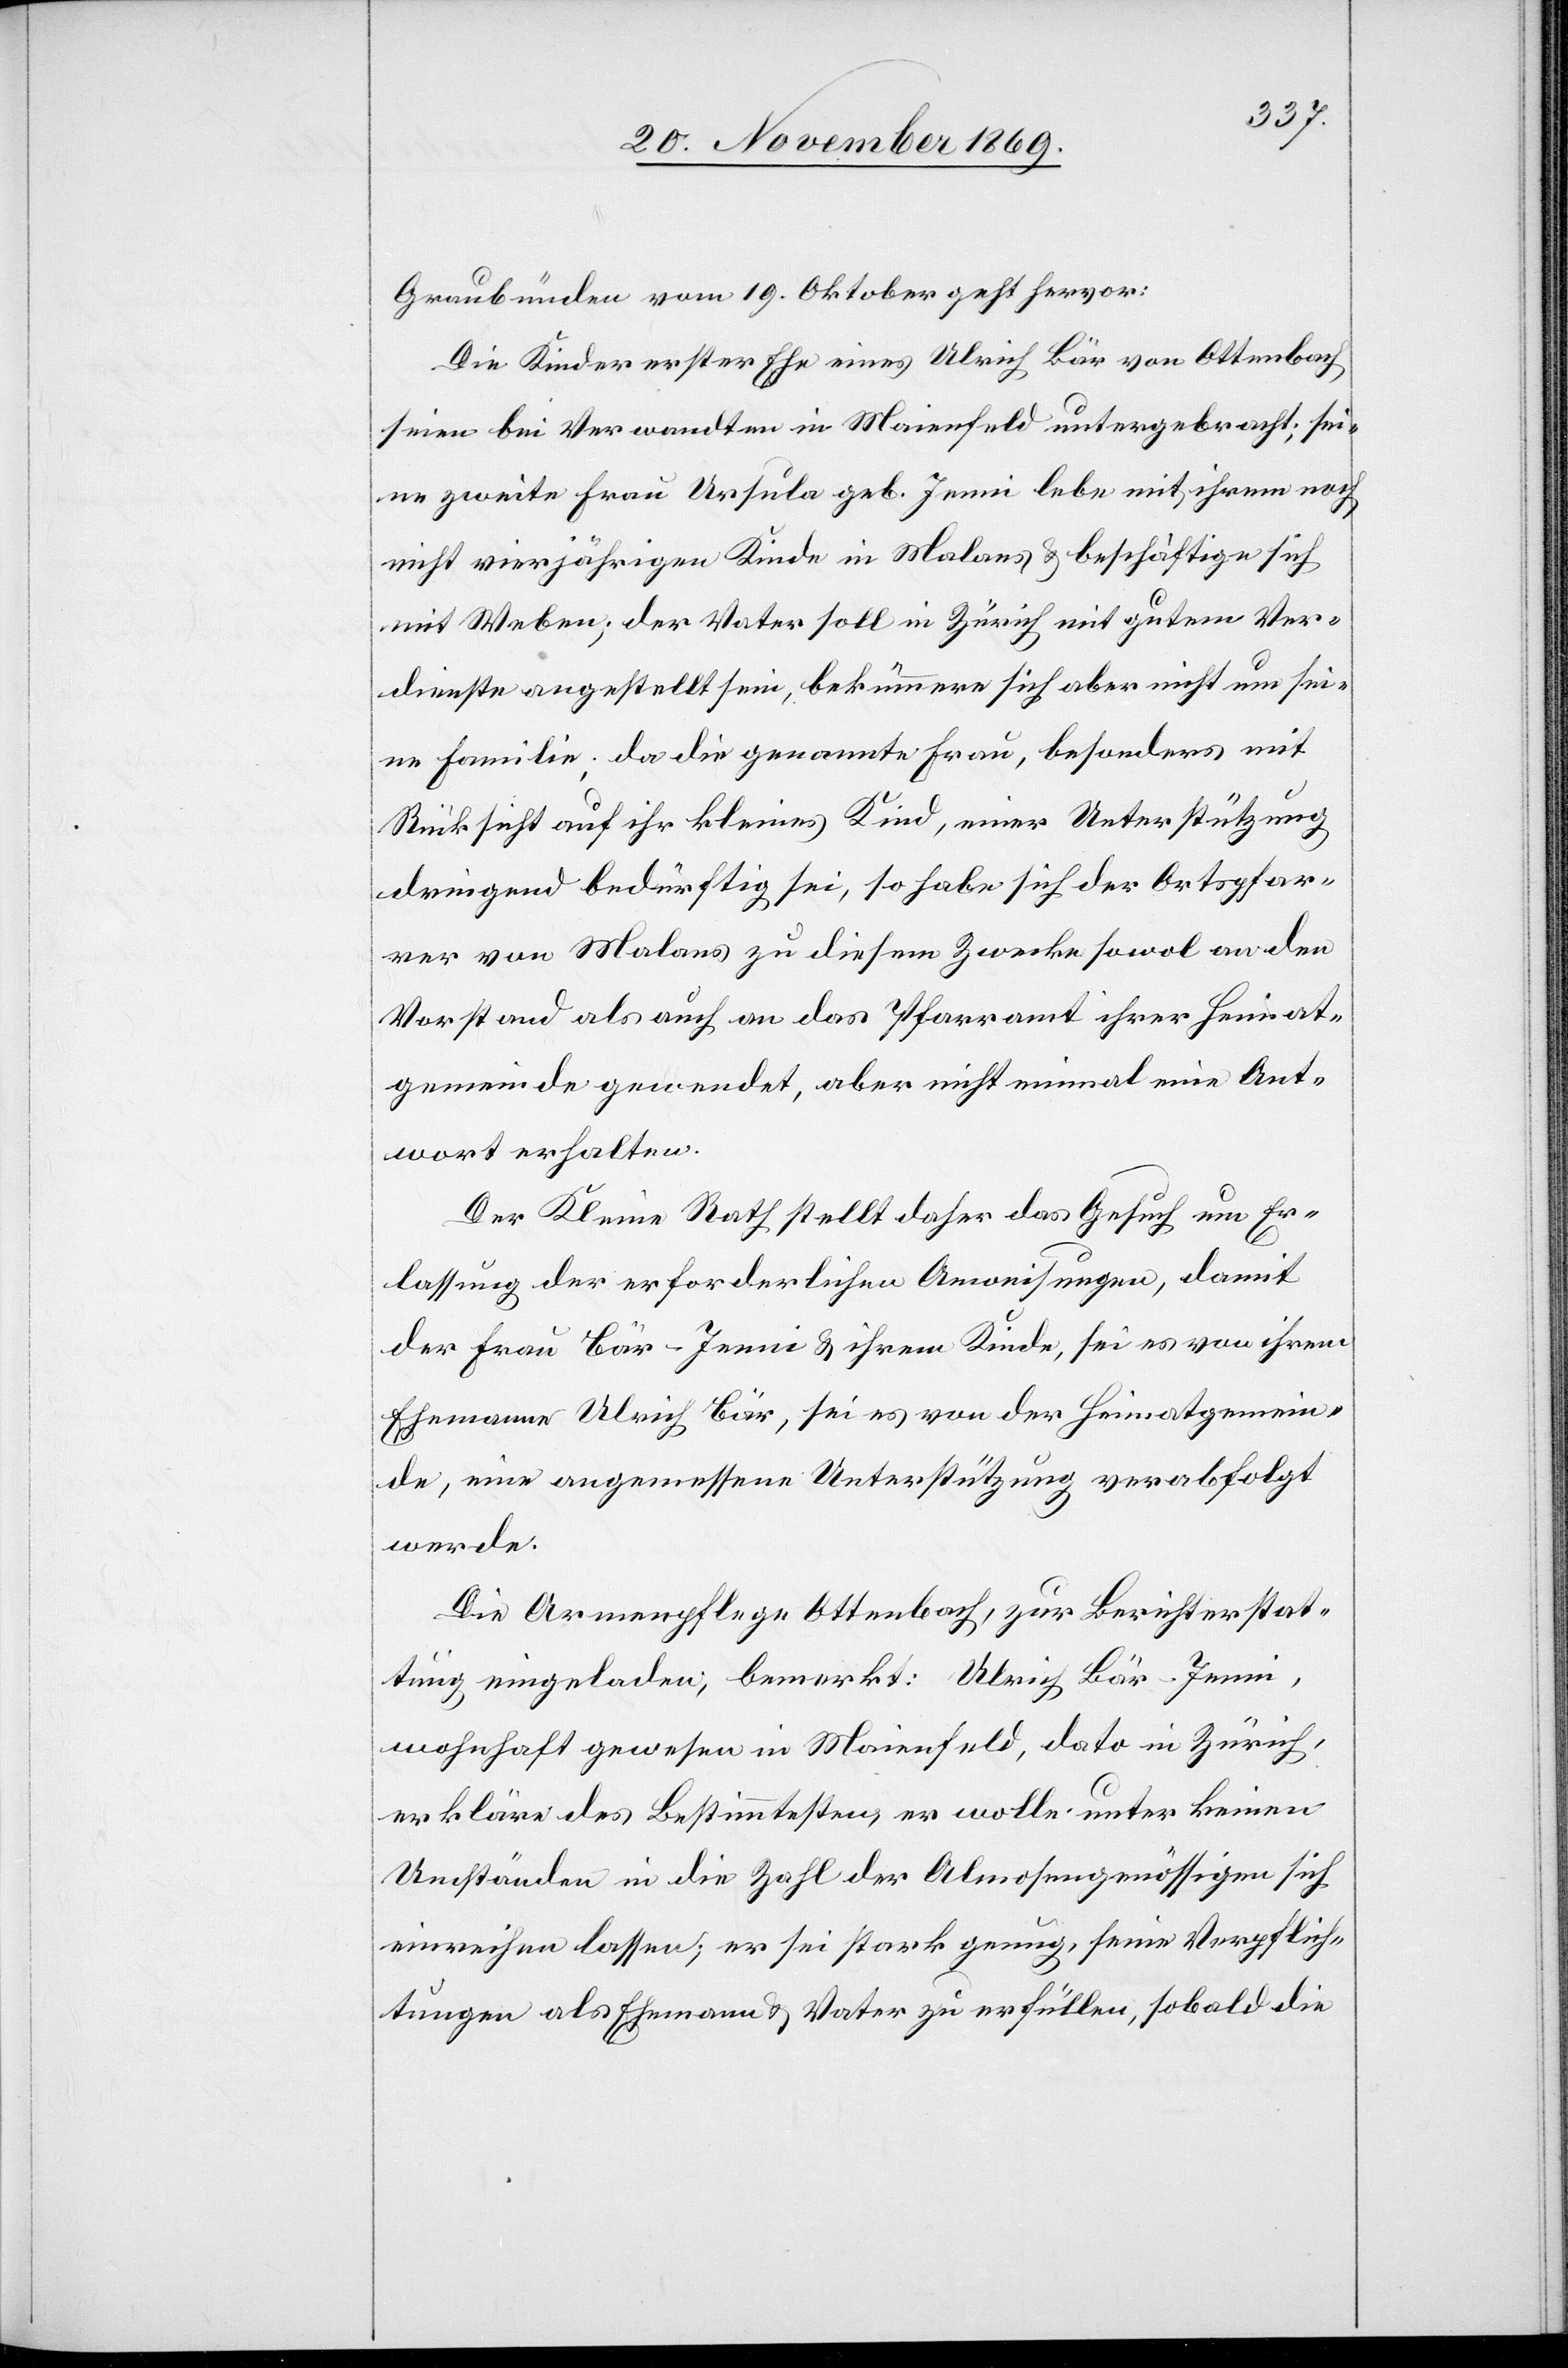
Graubünden vom 19. Oktober geht hervor:
Die Kinder erster Ehe eines Ulrich Bär von Ottenbach
seien bei Verwandten in Maienfeld untergebracht; sei¬
ne zweite Frau Ursula geb. Jenni lebe mit ihrem noch
nicht vierjährigen Kinde in Malans & beschäftige sich
mit Weben; der Vater soll in Zürich mit gutem Ver¬
dienste angestellt sein, bekümmere sich aber nicht um sei¬
ne Familie; da die genannte Frau, besonders mit
Rücksicht auf ihr kleines Kind, einer Unterstützung
dringend bedürftig sei, so habe sich der Ortspfar¬
rer von Malans zu diesem Zwecke sowol an den
Vorstand als auch an das Pfarramt ihrer Heimat¬
gemeinde gewendet, aber nicht einmal eine Ant¬
wort erhalten.
Der Kleine Rath stellt daher das Gesuch um Er¬
lassung der erforderlichen Anweisungen, damit
der Frau Bär-Jenni & ihrem Kinde, sei es von ihrem
Ehemanne Ulrich Bär, sei es von der Heimatgemein¬
de, eine angemessene Unterstützung verabfolgt
werde.
Die Armenpflege Ottenbach, zur Berichterstat¬
tung eingeladen, bemerkt: Ulrich Bär-Jenni,
wohnhaft gewesen in Maienfeld, dato in Zürich,
erkläre des Bestimmtesten, er wolle unter keinen
Umständen in die Zahl der Almosengenössigen sich
einreihen lassen; er sei stark genug, seine Verpflich¬
tungen als Ehemann & Vater zu erfüllen, sobald die